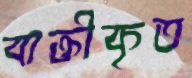
ব্যক্তীকৃত